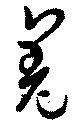
羌